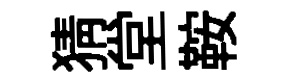
猜堂鞍